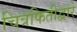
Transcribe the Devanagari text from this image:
चित्रफितीद्वारे